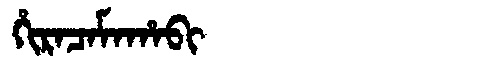
Manchu: ᡥᡳᡵᠠᠴᠠᠮᠠᡥᠠᠪᡳ
Romanization: HIRACAMAHABI